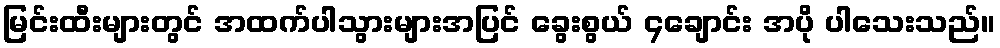
မြင်းထီးများတွင် အထက်ပါသွားများအပြင် ခွေးစွယ် ၄ချောင်း အပို ပါသေးသည်။